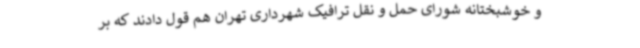
و خوشبختانه شورای حمل و نقل ترافیک شهرداری تهران هم قول دادند که بر